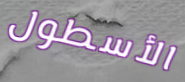
الأسطول